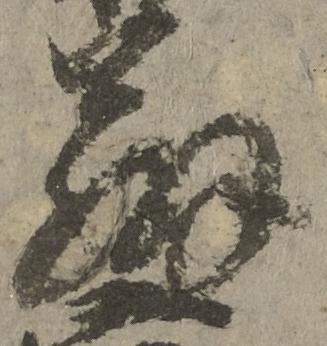
弁